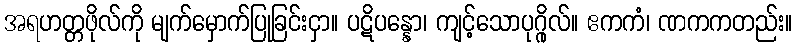
အရဟတ္တဖိုလ်ကို မျက်မှောက်ပြုခြင်းငှာ။ ပဋိပန္နော၊ ကျင့်သောပုဂ္ဂိုလ်။ ဧကကံ၊ ဏကကတည်း။